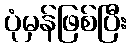
ပုံမှန်ဖြစ်ပြီး